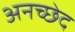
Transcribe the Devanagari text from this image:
अनच्छेद